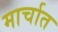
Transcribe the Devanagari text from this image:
मार्चात